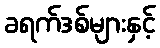
ခရက်ဒစ်များနှင့်